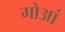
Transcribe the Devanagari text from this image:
गोआं